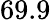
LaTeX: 69.9